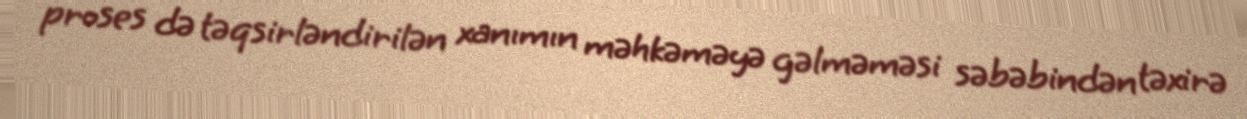
proses də təqsirləndirilən xanımın məhkəməyə gəlməməsi səbəbindən təxirə